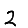
Digit: 2